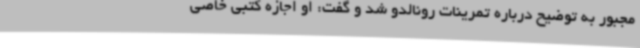
مجبور به توضیح درباره تمرینات رونالدو شد و گفت: او اجازه کتبی خاصی